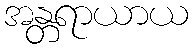
အန္တရာယာယ